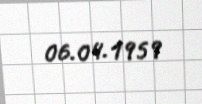
06.04.1959